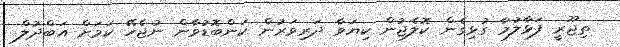
ތިޖޫރީ ފަޅާލުމާ ގުޅިގެން ކޮލެޖުން ކިޔަވާ ދަރިވަރުން ކަންބޮޑުވާން ނުޖެހޭ ކަމަށް އަބްދުލް